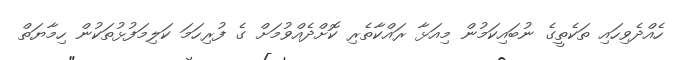
ހެއްދެވިހައި ތަކެތީގެ ނުބައިކަމުން މިއަޅާ ރައްކާތެރި ކޮށްދެއްވުމަށް ގެ ފުރިހަމަ ކަލިމަފުޅުތަކުން ހިމާޔަތް